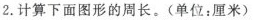
2.计算下面图形的周长。(单位：厘米)